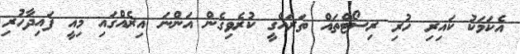
އެކަމަކު ކައިރި ހުރި ރިސޯޓްތައް ތަރައްގީ ކުރެވިގެން އަންނަ އިރެއްގައި މިއީ ފައިދާހުރި